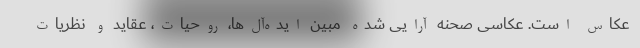
عکاس است. عکاسی صحنه آرایی شده مبین ایده‌آل‌ها، روحیات، عقاید و نظریات